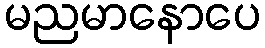
မညမာနောပေ